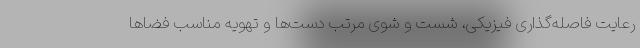
رعایت فاصله‌گذاری فیزیکی، شست و شوی مرتب دست‌ها و تهویه مناسب فضاها